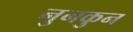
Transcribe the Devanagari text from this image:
नुनकुन